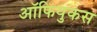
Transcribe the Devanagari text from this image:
ऑफियुकस